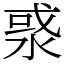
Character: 㳼